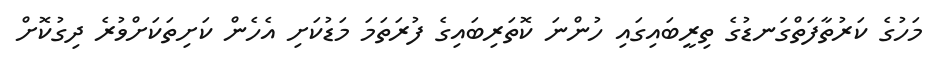
މަހުގެ ކަރުތާފަތްގަނޑުގެ ތިރީބައިގައި ހުންނަ ކޮތަރިބައިގެ ފުރަތަމަ މަޑުކަށި އެހެން ކަށިތަކަށްވުރެ ދިގުކޮށް